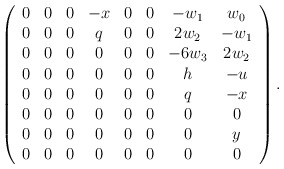
\begin{align*}\left(\begin{array}{cccccccc}0&0&0&-x&0&0&-w_1&w_0\\0&0&0&q&0&0&2w_2&-w_1\\0&0&0&0&0&0&-6w_3&2w_2\\0&0&0&0&0&0&h&-u\\0&0&0&0&0&0&q&-x\\0&0&0&0&0&0&0&0\\0&0&0&0&0&0&0&y\\0&0&0&0&0&0&0&0\\\end{array}\right).\end{align*}